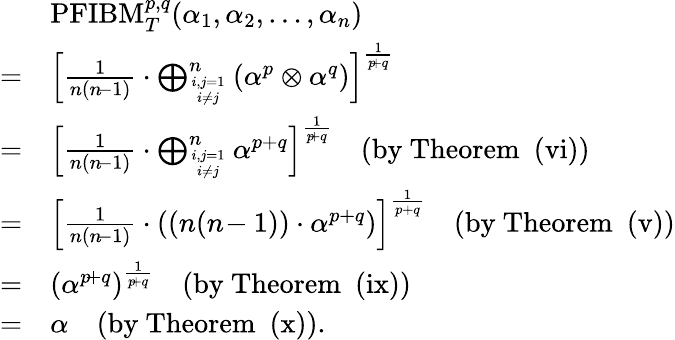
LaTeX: \begin{array}{rl}&{\mathrm{PFIBM}_{T}^{p,q}(\alpha_{1},\alpha_{2},\ldots,\alpha_{n})}\\ {=}&{\left[\frac{1}{n(n\! -1)}\cdot\bigoplus_{i,j=1\atop i\neq j}^{n}\left(\alpha^{p}\otimes\alpha^{q}\right)\right]^{\frac{1}{p\! +q}}}\\ {=}&{\left[\frac{1}{n(n\! -1)}\cdot\bigoplus_{i,j=1\atop i\neq j}^{n}\alpha^{p+q}\right]^{\frac{1}{p\! +q}}\quad\mathrm{(by~Theorem~~(vi))}}\\ {=}&{\left[\frac{1}{n(n\! -1)}\cdot\left(\left(n(n\! -1)\right)\cdot\alpha^{p+q}\right)\right]^{\frac{1}{p+q}}\quad\mathrm{(by~Theorem~~(v))}}\\ {=}&{\left(\alpha^{p\! +q}\right)^{\frac{1}{p\! +q}}\quad\mathrm{(by~Theorem~~(ix))}}\\ {=}&{\alpha\quad\mathrm{(by~Theorem~~(x))}.}\end{array}